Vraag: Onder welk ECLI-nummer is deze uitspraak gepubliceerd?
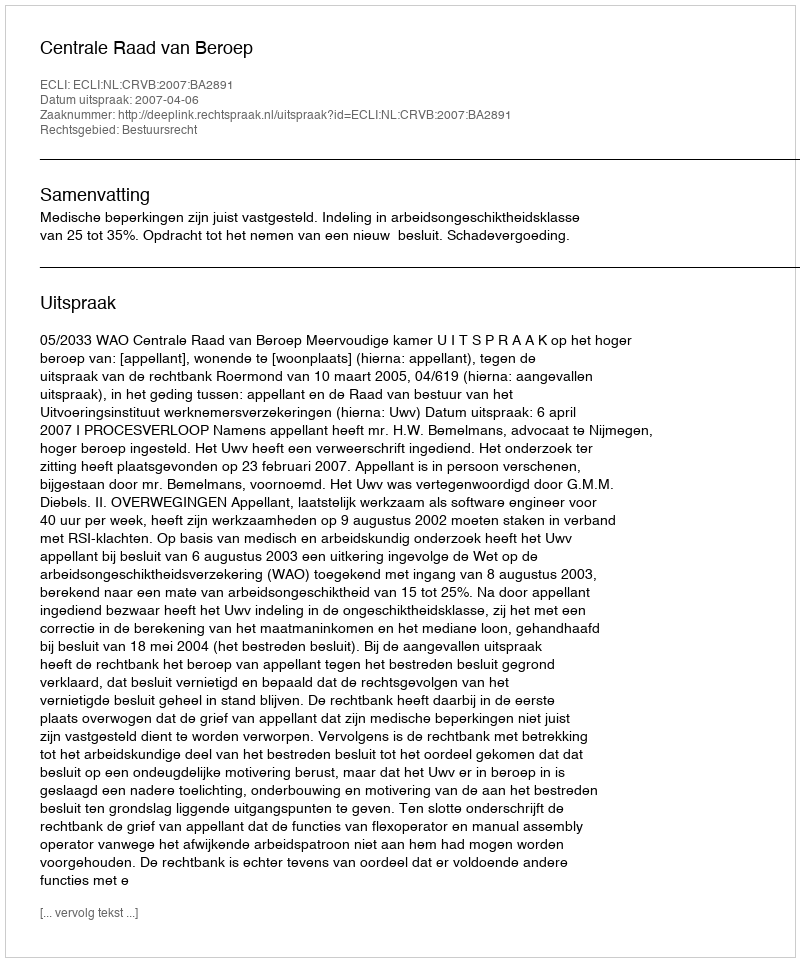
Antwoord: ECLI:NL:CRVB:2007:BA2891